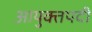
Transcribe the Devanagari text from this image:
आयुक्तपदी